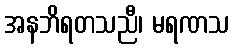
အနဘိရတသညီ၊ မရဏသ